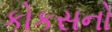
કોકસનો